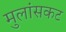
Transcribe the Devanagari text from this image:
मुलांसकट